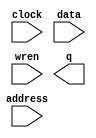
// megafunction wizard: %RAM: 1-PORT%VBB%
// GENERATION: STANDARD
// VERSION: WM1.0
// MODULE: altsyncram 

// ============================================================
// Megafunction Name(s):
// 			altsyncram
//
// Simulation Library Files(s):
// 			altera_mf
// ============================================================
// ************************************************************
// THIS IS A WIZARD-GENERATED FILE. DO NOT EDIT THIS FILE!
//
// 22.1std.1 Build 917 02/14/2023 SC Lite Edition
// ************************************************************

//Copyright (C) 2023  Intel Corporation. All rights reserved.
//Your use of Intel Corporation's design tools, logic functions 
//and other software and tools, and any partner logic 
//functions, and any output files from any of the foregoing 
//(including device programming or simulation files), and any 
//associated documentation or information are expressly subject 
//to the terms and conditions of the Intel Program License 
//Subscription Agreement, the Intel Quartus Prime License Agreement,
//the Intel FPGA IP License Agreement, or other applicable license
//agreement, including, without limitation, that your use is for
//the sole purpose of programming logic devices manufactured by
//Intel and sold by Intel or its authorized distributors.  Please
//refer to the applicable agreement for further details, at
//https://fpgasoftware.intel.com/eula.

module MEMORY (
	address,
	clock,
	data,
	wren,
	q);

	input	[11:0]  address;
	input	  clock;
	input	[31:0]  data;
	input	  wren;
	output	[31:0]  q;
`ifndef ALTERA_RESERVED_QIS
// synopsys translate_off
`endif
	tri1	  clock;
`ifndef ALTERA_RESERVED_QIS
// synopsys translate_on
`endif

endmodule

// ============================================================
// CNX file retrieval info
// ============================================================
// Retrieval info: PRIVATE: ADDRESSSTALL_A NUMERIC "0"
// Retrieval info: PRIVATE: AclrAddr NUMERIC "0"
// Retrieval info: PRIVATE: AclrByte NUMERIC "0"
// Retrieval info: PRIVATE: AclrData NUMERIC "0"
// Retrieval info: PRIVATE: AclrOutput NUMERIC "0"
// Retrieval info: PRIVATE: BYTE_ENABLE NUMERIC "0"
// Retrieval info: PRIVATE: BYTE_SIZE NUMERIC "8"
// Retrieval info: PRIVATE: BlankMemory NUMERIC "0"
// Retrieval info: PRIVATE: CLOCK_ENABLE_INPUT_A NUMERIC "0"
// Retrieval info: PRIVATE: CLOCK_ENABLE_OUTPUT_A NUMERIC "0"
// Retrieval info: PRIVATE: Clken NUMERIC "0"
// Retrieval info: PRIVATE: DataBusSeparated NUMERIC "1"
// Retrieval info: PRIVATE: IMPLEMENT_IN_LES NUMERIC "0"
// Retrieval info: PRIVATE: INIT_FILE_LAYOUT STRING "PORT_A"
// Retrieval info: PRIVATE: INIT_TO_SIM_X NUMERIC "0"
// Retrieval info: PRIVATE: INTENDED_DEVICE_FAMILY STRING "Cyclone IV E"
// Retrieval info: PRIVATE: JTAG_ENABLED NUMERIC "1"
// Retrieval info: PRIVATE: JTAG_ID STRING "1"
// Retrieval info: PRIVATE: MAXIMUM_DEPTH NUMERIC "0"
// Retrieval info: PRIVATE: MIFfilename STRING "Mif2.mif"
// Retrieval info: PRIVATE: NUMWORDS_A NUMERIC "4096"
// Retrieval info: PRIVATE: RAM_BLOCK_TYPE NUMERIC "0"
// Retrieval info: PRIVATE: READ_DURING_WRITE_MODE_PORT_A NUMERIC "4"
// Retrieval info: PRIVATE: RegAddr NUMERIC "1"
// Retrieval info: PRIVATE: RegData NUMERIC "1"
// Retrieval info: PRIVATE: RegOutput NUMERIC "0"
// Retrieval info: PRIVATE: SYNTH_WRAPPER_GEN_POSTFIX STRING "0"
// Retrieval info: PRIVATE: SingleClock NUMERIC "1"
// Retrieval info: PRIVATE: UseDQRAM NUMERIC "1"
// Retrieval info: PRIVATE: WRCONTROL_ACLR_A NUMERIC "0"
// Retrieval info: PRIVATE: WidthAddr NUMERIC "12"
// Retrieval info: PRIVATE: WidthData NUMERIC "32"
// Retrieval info: PRIVATE: rden NUMERIC "0"
// Retrieval info: LIBRARY: altera_mf altera_mf.altera_mf_components.all
// Retrieval info: CONSTANT: CLOCK_ENABLE_INPUT_A STRING "BYPASS"
// Retrieval info: CONSTANT: CLOCK_ENABLE_OUTPUT_A STRING "BYPASS"
// Retrieval info: CONSTANT: INIT_FILE STRING "Mif2.mif"
// Retrieval info: CONSTANT: INTENDED_DEVICE_FAMILY STRING "Cyclone IV E"
// Retrieval info: CONSTANT: LPM_HINT STRING "ENABLE_RUNTIME_MOD=YES,INSTANCE_NAME=1"
// Retrieval info: CONSTANT: LPM_TYPE STRING "altsyncram"
// Retrieval info: CONSTANT: NUMWORDS_A NUMERIC "4096"
// Retrieval info: CONSTANT: OPERATION_MODE STRING "SINGLE_PORT"
// Retrieval info: CONSTANT: OUTDATA_ACLR_A STRING "NONE"
// Retrieval info: CONSTANT: OUTDATA_REG_A STRING "UNREGISTERED"
// Retrieval info: CONSTANT: POWER_UP_UNINITIALIZED STRING "FALSE"
// Retrieval info: CONSTANT: READ_DURING_WRITE_MODE_PORT_A STRING "NEW_DATA_WITH_NBE_READ"
// Retrieval info: CONSTANT: WIDTHAD_A NUMERIC "12"
// Retrieval info: CONSTANT: WIDTH_A NUMERIC "32"
// Retrieval info: CONSTANT: WIDTH_BYTEENA_A NUMERIC "1"
// Retrieval info: USED_PORT: address 0 0 12 0 INPUT NODEFVAL "address[11..0]"
// Retrieval info: USED_PORT: clock 0 0 0 0 INPUT VCC "clock"
// Retrieval info: USED_PORT: data 0 0 32 0 INPUT NODEFVAL "data[31..0]"
// Retrieval info: USED_PORT: q 0 0 32 0 OUTPUT NODEFVAL "q[31..0]"
// Retrieval info: USED_PORT: wren 0 0 0 0 INPUT NODEFVAL "wren"
// Retrieval info: CONNECT: @address_a 0 0 12 0 address 0 0 12 0
// Retrieval info: CONNECT: @clock0 0 0 0 0 clock 0 0 0 0
// Retrieval info: CONNECT: @data_a 0 0 32 0 data 0 0 32 0
// Retrieval info: CONNECT: @wren_a 0 0 0 0 wren 0 0 0 0
// Retrieval info: CONNECT: q 0 0 32 0 @q_a 0 0 32 0
// Retrieval info: GEN_FILE: TYPE_NORMAL MEMORY.v TRUE
// Retrieval info: GEN_FILE: TYPE_NORMAL MEMORY.inc FALSE
// Retrieval info: GEN_FILE: TYPE_NORMAL MEMORY.cmp FALSE
// Retrieval info: GEN_FILE: TYPE_NORMAL MEMORY.bsf FALSE
// Retrieval info: GEN_FILE: TYPE_NORMAL MEMORY_inst.v FALSE
// Retrieval info: GEN_FILE: TYPE_NORMAL MEMORY_bb.v TRUE
// Retrieval info: LIB_FILE: altera_mf